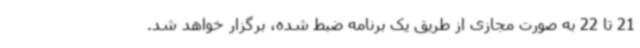
21 تا 22 به صورت مجازی از طریق یک برنامه ضبط شده، برگزار خواهد شد.